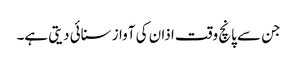
جن سے پانچ وقت اذان کی آواز سنائی دیتی ہے۔